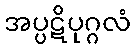
အပ္ပဋိပုဂ္ဂလံ